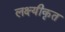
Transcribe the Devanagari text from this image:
लक्ष्यीकृत